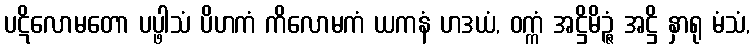
ပဋိလောမတော ပပ္ဖါသံ ပိဟကံ ကိလောမကံ ယကနံ ဟဒယံ, ဝက္ကံ အဋ္ဌိမိဉ္ဇံ အဋ္ဌိ နှာရု မံသံ,